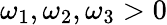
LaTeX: \omega_{1},\omega_{2},\omega_{3}>0